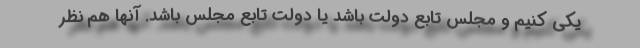
یکی کنیم و مجلس تابع دولت باشد یا دولت تابع مجلس باشد. آنها هم نظر